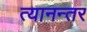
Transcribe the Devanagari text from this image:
त्यानन्तर